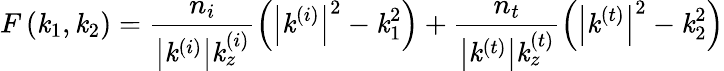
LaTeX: F\left(\mathit{k}_{1},\mathit{k}_{2}\right)=\frac{{n_{i}}}{{\left\vert\mathbf{{\mathit{k}}}^{\left(i\right)}\right\vert\mathit{k}_{z}^{\left(i\right)}}}\left(\left\vert\mathbf{{\mathit{k}}}^{\left(i\right)}\right\vert^{2}-\mathit{k}_{1}^{2}\right)+\frac{{n_{t}}}{{\left\vert\mathbf{{\mathit{k}}}^{\left(t\right)}\right\vert\mathit{k}_{z}^{\left(t\right)}}}\left(\left\vert\mathbf{{\mathit{k}}}^{\left(t\right)}\right\vert^{2}-\mathit{k}_{2}^{2}\right)